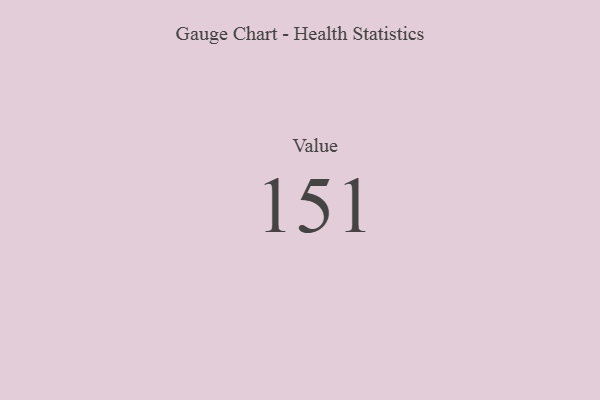
{"axis": {"x": "Metric", "y": "Value"}, "legend": [""], "data": [{"x": "Value", "y": 151, "type": ""}]}